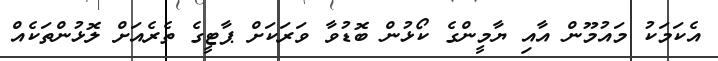
އެކަމަކު މައުމޫން އާއި ޔާމީންގެ ކޯޅުން ބޮޑުވާ ވަރަކަށް ޕާޓީގެ ތެރެއަށް ލޮޅުންތަކެއް